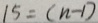
1 5 = ( n - 1 )